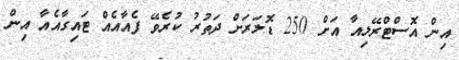
އިން އޮސްޓްރޭލިއާ އަށް 250 ޑޮލަރަށް ދަތުރު ކުރެވޭ ފެއާއެއް ޓައިގާއެއާ އިން